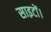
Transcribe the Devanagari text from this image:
साइटों।